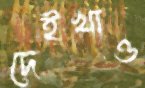
দেইখাও